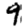
Digit: 9